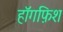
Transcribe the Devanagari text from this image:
हॉगफ़िश